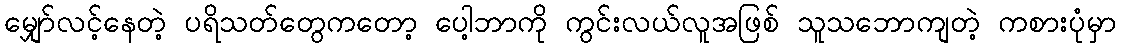
မျှော်လင့်နေတဲ့ ပရိသတ်တွေကတော့ ပေါ့ဘာကို ကွင်းလယ်လူအဖြစ် သူသဘောကျတဲ့ ကစားပုံမှာ